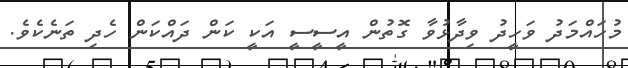
މުހައްމަދު ވަހީދު ވިދާޅުވާ ގޮތުން އީސީސީ އަކީ ކަން ދައްކަން ހެދި ތަނެކެވެ.